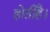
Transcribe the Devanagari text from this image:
होतीहै।